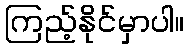
ကြည့်နိုင်မှာပါ။